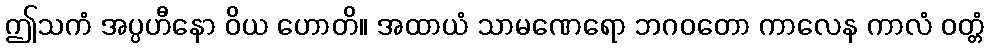
ဤသကံ အပ္ပဟီနော ဝိယ ဟောတိ။ အထာယံ သာမဏေရော ဘဂဝတော ကာလေန ကာလံ ဝတ္တံ